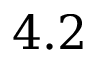
4 . 2